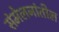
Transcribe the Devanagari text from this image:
संमेलनांतील